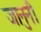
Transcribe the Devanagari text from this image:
जानुनी